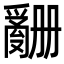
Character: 𬋶